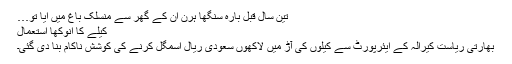
تین سال قبل بارہ سنگھا ہرن ان کے گھر سے منسلک باغ میں آیا تو…
کیلے کا انوکھا استعمال
بھارتی ریاست کیرالہ کے ایئرپورٹ سے کیلوں کی آڑ میں لاکھوں سعودی ریال اسمگل کرنے کی کوشش ناکام بنا دی گئی۔